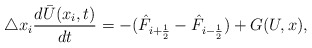
\begin{align*} \triangle x_i \frac{d\bar{U}(x_i,t)}{dt} = -(\hat{F}_{i+\frac{1}{2}}-\hat{F}_{i-\frac{1}{2}}) +G(U,x),\end{align*}